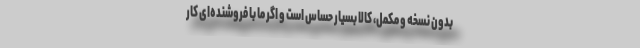
بدون نسخه و مکمل، کالا بسیار حساس است و اگر ما با فروشنده‌ای کار